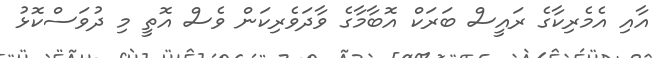
އާއި އެމެރިކާގެ ރައީސް ބަރަކް އޮބާމާގެ ވާދަވެރިކަން ވެސް އޮތީ މި ދުވަސްކޮޅު